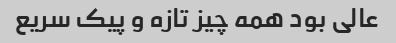
عالی بود همه چیز تازه و پیک سریع